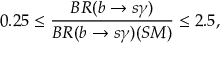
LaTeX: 0 . 2 5 \leq \frac { B R ( b \rightarrow s \gamma ) } { B R ( b \rightarrow s \gamma ) ( S M ) } \leq 2 . 5 ,